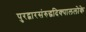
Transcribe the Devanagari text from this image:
पुरद्वारसंरुद्धदिक्पाललोके